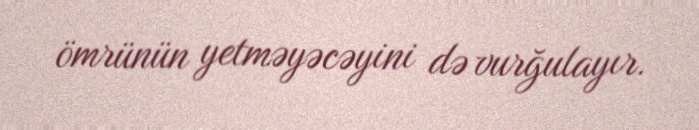
ömrünün yetməyəcəyini də vurğulayır.